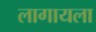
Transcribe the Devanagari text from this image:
लागायला